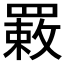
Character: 𦌉